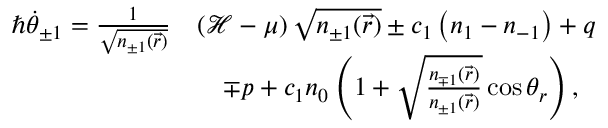
\begin{array} { r l } { \hbar \dot { \theta } _ { \pm 1 } = \frac { 1 } { \sqrt { n _ { \pm 1 } ( \vec { r } ) } } } & { \left( \mathcal { H } - \mu \right) \sqrt { n _ { \pm 1 } ( \vec { r } ) } \pm c _ { 1 } \left( n _ { 1 } - n _ { - 1 } \right) + q } \\ & { \quad \mp p + c _ { 1 } n _ { 0 } \left( 1 + \sqrt { \frac { n _ { \mp 1 } ( \vec { r } ) } { n _ { \pm 1 } ( \vec { r } ) } } \cos \theta _ { r } \right) , } \end{array}